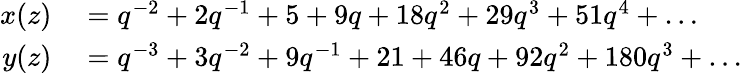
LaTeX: \begin{array}{rl}{x(z)}&{{}=q^{-2}+2q^{-1}+5+9q+18q^{2}+29q^{3}+51q^{4}+\ldots}\\ {y(z)}&{{}=q^{-3}+3q^{-2}+9q^{-1}+21+46q+92q^{2}+180q^{3}+\ldots}\end{array}